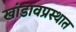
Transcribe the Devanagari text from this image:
खांडावप्रस्थात